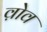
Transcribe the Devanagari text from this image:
व़ोव